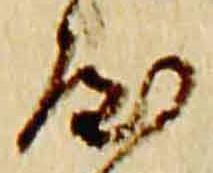
屋